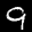
Label: 9